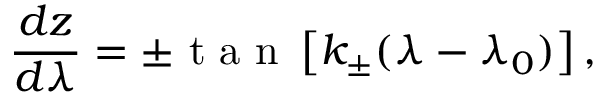
\frac { d z } { d \lambda } = \pm \textrm { t a n } \left[ k _ { \pm } ( \lambda - \lambda _ { 0 } ) \right] ,